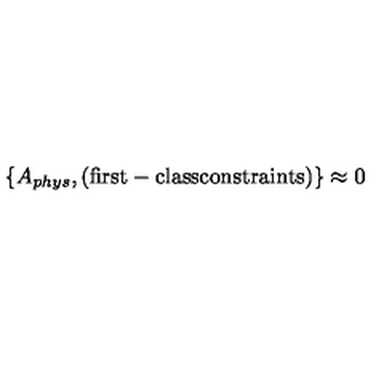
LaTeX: \{ A _ { p h y s } , \mathrm { ( f i r s t - c l a s s c o n s t r a i n t s ) } \} \approx 0